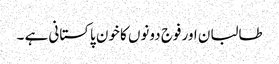
طالبان اور فوج دونوں کا خون پاکستانی ہے ۔